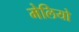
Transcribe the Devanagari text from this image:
मेलियो